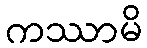
ကဿာမိ